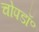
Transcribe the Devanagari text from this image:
चोपडॉ॰